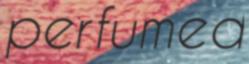
perfumed